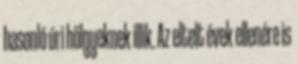
hasonló úri hölgyeknek illik. Az eltelt évek ellenére is